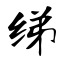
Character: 绨